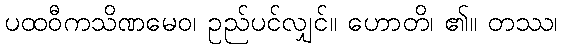
ပထဝီကသိဏမေဝ၊ ဥည်ပင်လျှင်။ ဟောတိ၊ ၏။ တဿ၊